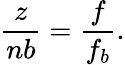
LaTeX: \frac{z}{nb}=\frac{f}{f_{b}}.